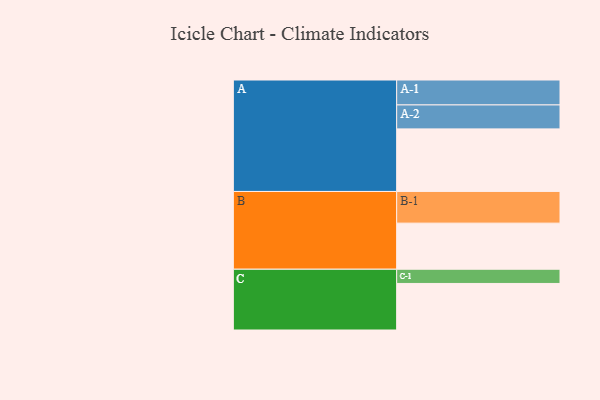
{"axis": {"x": "Segment", "y": "Value"}, "legend": ["", "A", "B", "C"], "data": [{"x": "A", "y": 585, "type": ""}, {"x": "B", "y": 431, "type": ""}, {"x": "C", "y": 435, "type": ""}, {"x": "A-1", "y": 233, "type": "A"}, {"x": "A-2", "y": 224, "type": "A"}, {"x": "B-1", "y": 296, "type": "B"}, {"x": "C-1", "y": 133, "type": "C"}]}